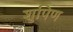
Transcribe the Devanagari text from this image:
शुपिण